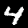
Digit: 4